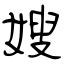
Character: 嫂